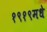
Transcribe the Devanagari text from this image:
१९१९मधे